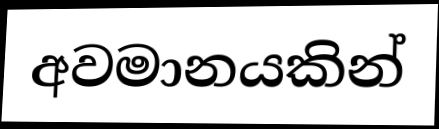
අවමානයකින්